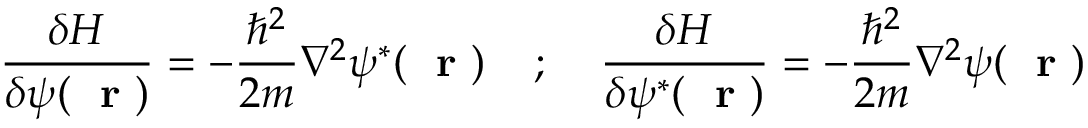
\frac { \delta H } { \delta \psi ( \mathrm { ~ \bf ~ r ~ } ) } = - \frac { \hbar ^ { 2 } } { 2 m } \nabla ^ { 2 } \psi ^ { * } ( \mathrm { ~ \bf ~ r ~ } ) \; \; \; \; ; \; \; \; \; \frac { \delta H } { \delta \psi ^ { * } ( \mathrm { ~ \bf ~ r ~ } ) } = - \frac { \hbar ^ { 2 } } { 2 m } \nabla ^ { 2 } \psi ( \mathrm { ~ \bf ~ r ~ } )